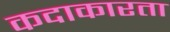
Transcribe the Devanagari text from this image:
कदाकारता